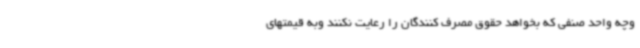
وچه واحد صنفی که بخواهد حقوق مصرف کنندگان را رعایت نکنند وبه قیمتهای